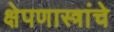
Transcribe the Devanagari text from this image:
क्षेपणास्त्रांचे